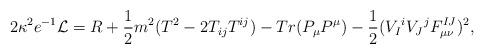
LaTeX: \begin{align*}2\kappa^2e^{-1}{\cal L} = R + {1\over 2} m^2 (T^2 - 2T_{ij}T^{ij}) -Tr(P_{\mu} P^{\mu}) - {1\over 2} (V_I{}^i V_J{}^j F_{\mu \nu}^{IJ})^2,\end{align*}